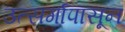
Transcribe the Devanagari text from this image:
उत्सर्गापासून